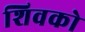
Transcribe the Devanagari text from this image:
शिवको